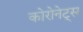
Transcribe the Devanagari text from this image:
कोरोनेट्स